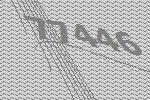
77446